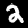
Label: 2